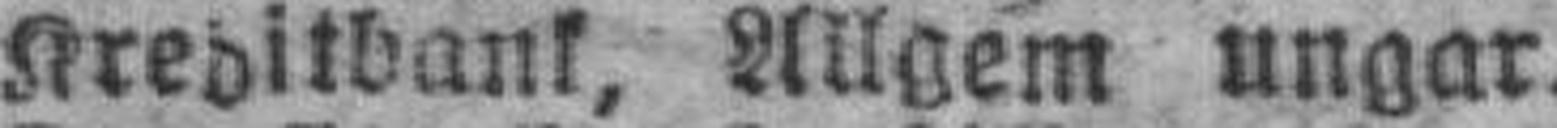
Kreditbank, Allgem ungar.